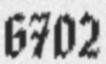
6702